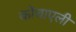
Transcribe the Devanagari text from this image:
कोचाएली